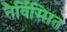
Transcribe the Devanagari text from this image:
तैर्विस्मित